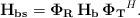
LaTeX: \begin{align*}{\bf H_{bs}} = {\bf \Phi_{R}} \, {\bf H_{b}} \, {\bf \Phi_{T}}^{H}.\end{align*}